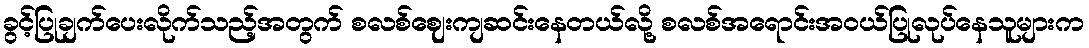
ခွင့်ပြုချက်ပေးလိုက်သည့်အတွက် စလစ်ဈေးကျဆင်းနေတယ်လို့ စလစ်အရောင်းအဝယ်ပြုလုပ်နေသူများက